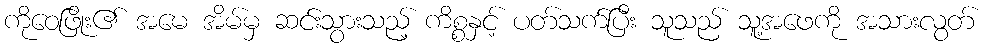
ကိုဝေဖြိုး၏ အမေ အိမ်မှ ဆင်းသွားသည့် ကိစ္စနှင့် ပတ်သက်ပြီး သူသည် သူ့အဖေကို အသားလွတ်